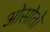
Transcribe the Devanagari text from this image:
ओसोतो